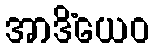
အာဒိံယေဝ